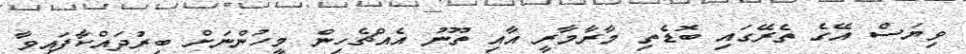
ވިޔަސް އޭގެ ތެރޭގައި ބޮޑެތި މާރާމާރީ އާއި ތޫނު އެއްޗެހިން މީހުންނަށް ބިރުދައްކާފައިވާ